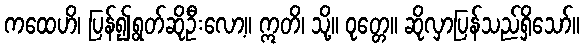
ကထေဟိ၊ ပြန်၍ရွတ်ဆိုဦးလော့။ ဣတိ၊ သို့။ ဝုတ္တေ။ ဆိုလှာပြန်သည်ရှိသော်။